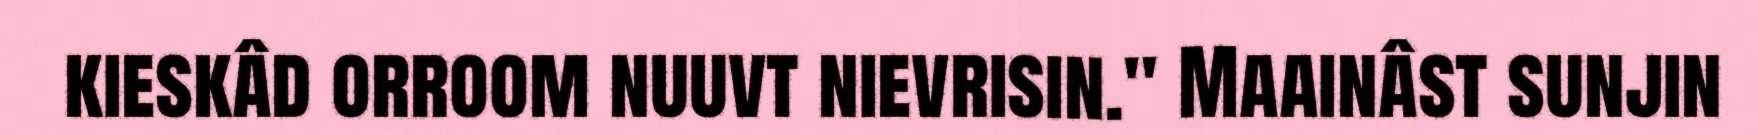
kieskâd orroom nuuvt nievrisin." Maainâst sunjin